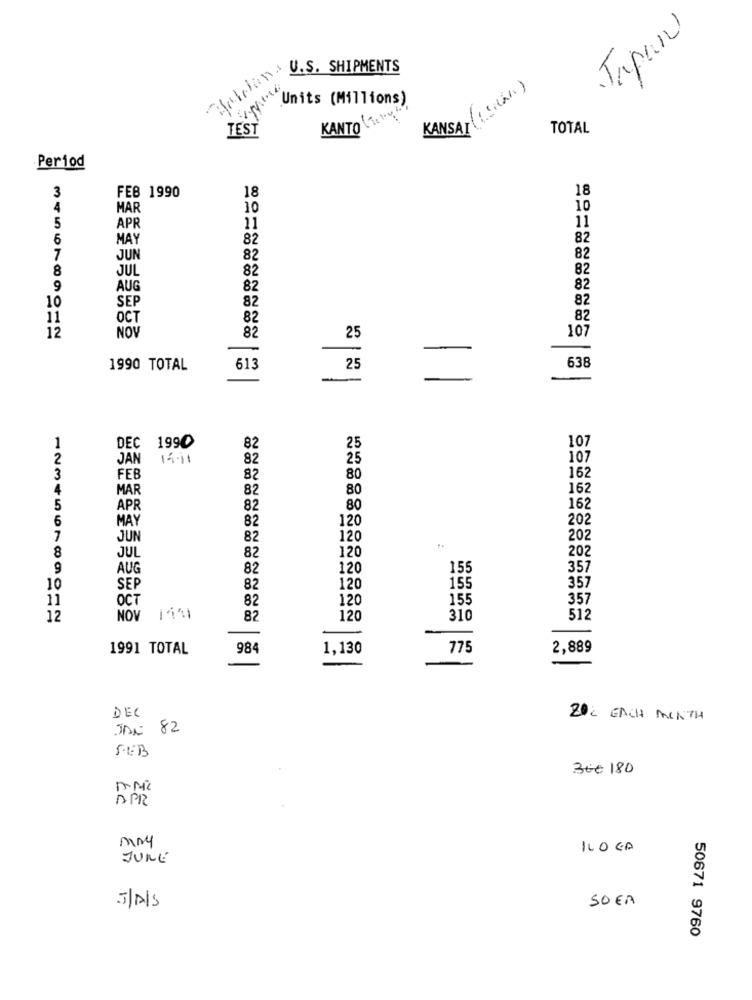
Japan
Malin U.S. SHIPMENTS
KANSAI (Sich)
Units (Millions)
KANTO ( ""
TEST
TOTAL
Period
18
3
FEB 1990
18
4
MAR
10
10
5
APR
11
11
6
MAY
82
82
7
JUN
82
82
8
JUL
82
82
9
AUG
82
82
SEP
82
10
82
11
OCT
82
82
12
82
NOV
25
107
-
1990 TOTAL
613
25
638
-
1
DEC 1990
82
25
107
2
JAN
14.11
82
25
107
3
82
80
162
4
MAR
82
80
162
5
APR
82
80
162
6
MAY
82
202
120
7
JUN
82
120
202
8
120
JUL
82
202
9
AUG
82
120
155
357
10
SEP
82
120
155
357
11
OCT
82
120
155
357
12
NOV 141
82
120
310
512
1991 TOTAL
984
1,130
775
2,889
DEC
20% EACH MONTH
JAN 82
30€ 180
APR
may
120 GA
JUNE
SOER
J/A/S
50671 9760